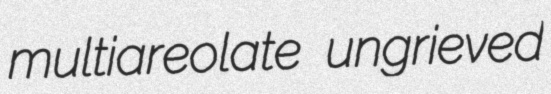
multiareolate ungrieved